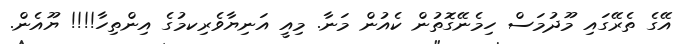
އޭގެ ތެރޭގައި މޫދުމަސް ހިމެނޭގޮތުން ކެއުން މަނާ. މިއީ އަނިޔާވެރިކމުގެ އިންތިހާ!!!! ޔޫއެން.